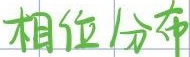
相位分布